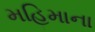
મહિમાના